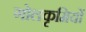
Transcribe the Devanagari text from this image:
गोलकृमियों